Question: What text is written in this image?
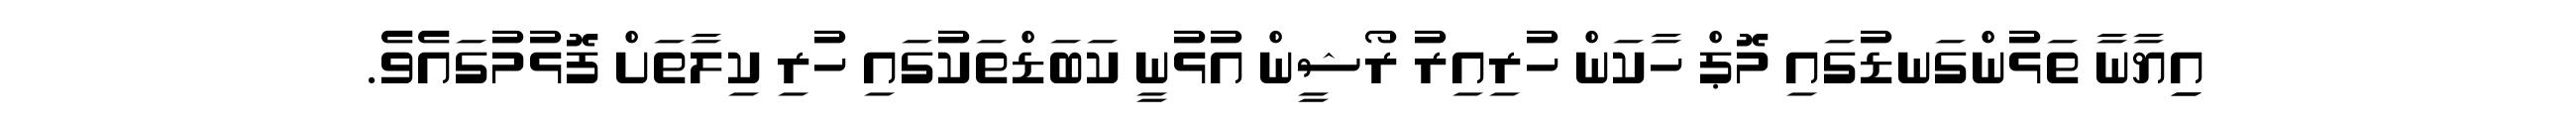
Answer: އިިޔާނާ ތަޅުންގަނޑުގައި މޮޕް ހާކަން ހުރިއިރު ރޯޝީން އުޅުނީ ކަބަޑްތަކުގައި ހުރި ކިލާތަށް ފޮޅުމުގައެވެ.